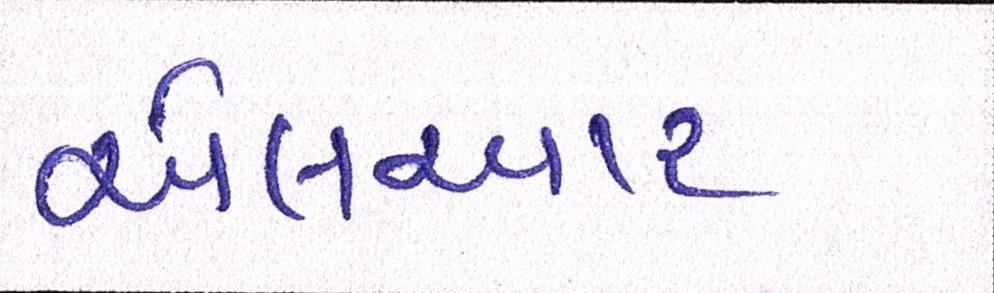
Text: એલઆર